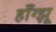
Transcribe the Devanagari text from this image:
हाँग्झू